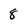
Character: 8